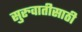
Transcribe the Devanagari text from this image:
सुरुवातीसाठी